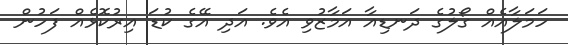
ހަމަލާއެއް ގޯލުގެ ދަނޑިއާ އަމާޒުވި އެވެ. އަދި އޭގެ ކުޑަ އިރުކޮޅެއް ފަހުން